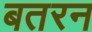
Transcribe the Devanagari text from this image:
बतरन